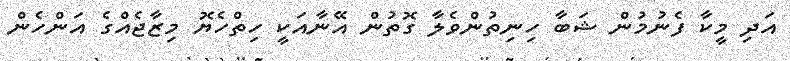
އަދި މީކާ ފެނުމުން ޝަބާ ހިނިތުންވެލާ ގޮތުން އޭނާއަކީ ހިތްހެޔޮ މިޒާޖެއްގެ އަންހެން